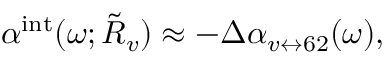
\alpha ^ { \mathrm { i n t } } ( \omega ; \tilde { R } _ { v } ) \approx - \Delta \alpha _ { v \leftrightarrow 6 2 } ( \omega ) ,